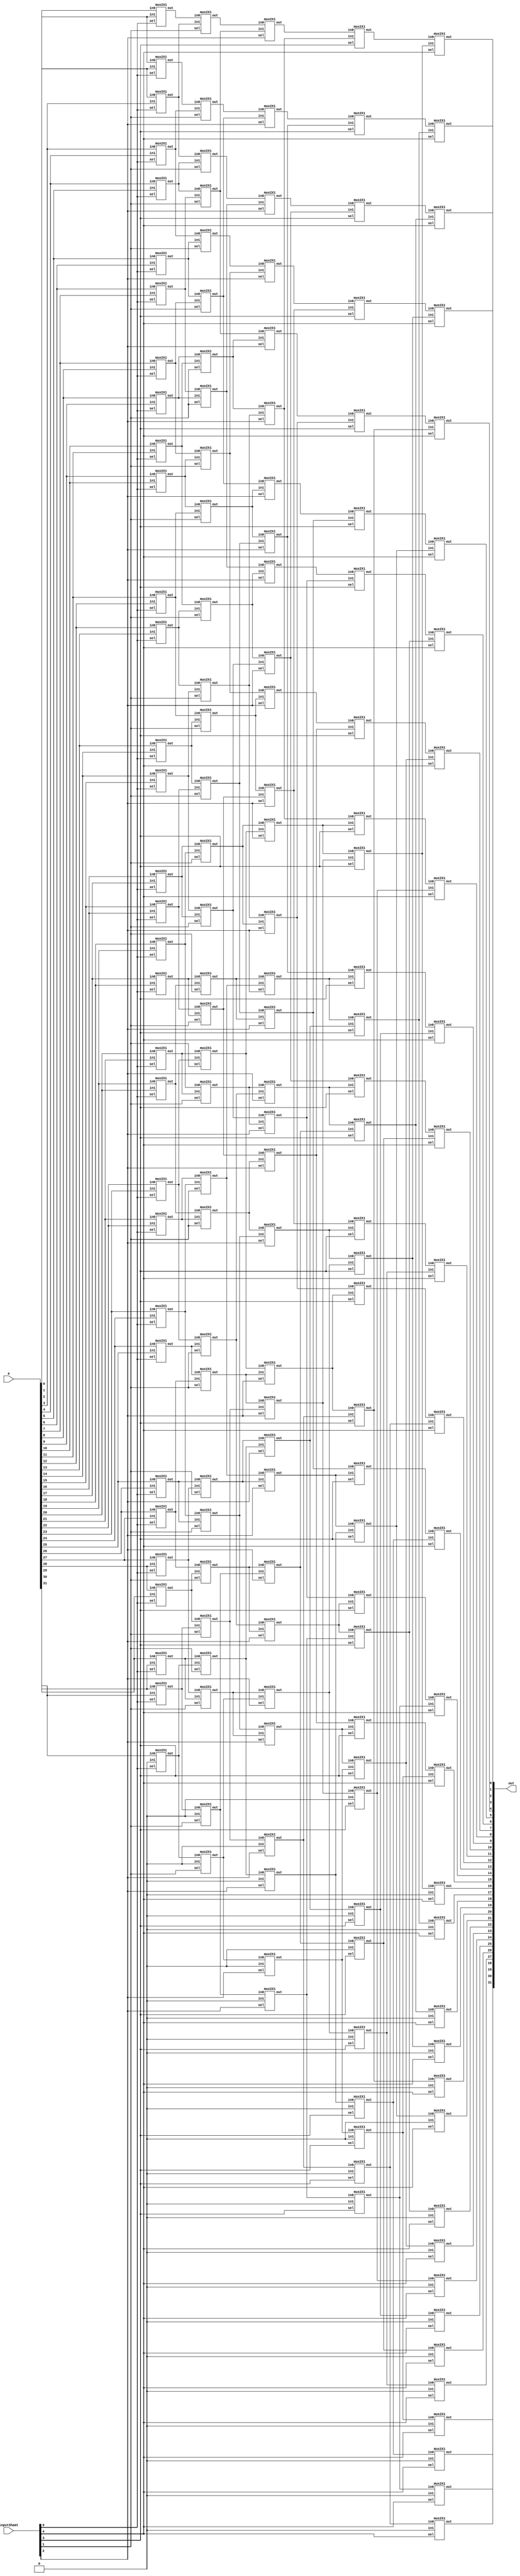
`timescale 1ns/1ns
module barrel_shifter_8bit (a, inputShamt, out);
  input  [31:0] a;
  input [31:0] inputShamt;
  output [31:0] out;
  
  wire [4:0] shamt ;
  wire [31:0] temp1, temp2, temp3, temp4 ;

  assign shamt = inputShamt[4:0] ;
  
// 1bit shift right
mux2X1  ins_31 (.in0(a[31]),.in1(1'b0),.sel(shamt[0]),.out(temp1[31]));
mux2X1  ins_30 (.in0(a[30]),.in1(a[31]),.sel(shamt[0]),.out(temp1[30]));
mux2X1  ins_29 (.in0(a[29]),.in1(a[30]),.sel(shamt[0]),.out(temp1[29]));
mux2X1  ins_28 (.in0(a[28]),.in1(a[29]),.sel(shamt[0]),.out(temp1[28]));
mux2X1  ins_27 (.in0(a[27]),.in1(a[28]),.sel(shamt[0]),.out(temp1[27]));
mux2X1  ins_26 (.in0(a[26]),.in1(a[27]),.sel(shamt[0]),.out(temp1[26]));
mux2X1  ins_25 (.in0(a[25]),.in1(a[26]),.sel(shamt[0]),.out(temp1[25]));
mux2X1  ins_24 (.in0(a[24]),.in1(a[25]),.sel(shamt[0]),.out(temp1[24]));
mux2X1  ins_23 (.in0(a[23]),.in1(a[24]),.sel(shamt[0]),.out(temp1[23]));
mux2X1  ins_22 (.in0(a[22]),.in1(a[23]),.sel(shamt[0]),.out(temp1[22]));
mux2X1  ins_21 (.in0(a[21]),.in1(a[22]),.sel(shamt[0]),.out(temp1[21]));
mux2X1  ins_20 (.in0(a[20]),.in1(a[21]),.sel(shamt[0]),.out(temp1[20]));
mux2X1  ins_19 (.in0(a[19]),.in1(a[20]),.sel(shamt[0]),.out(temp1[19]));
mux2X1  ins_18 (.in0(a[18]),.in1(a[19]),.sel(shamt[0]),.out(temp1[18]));
mux2X1  ins_17 (.in0(a[17]),.in1(a[18]),.sel(shamt[0]),.out(temp1[17]));
mux2X1  ins_16 (.in0(a[16]),.in1(a[17]),.sel(shamt[0]),.out(temp1[16]));
mux2X1  ins_15 (.in0(a[15]),.in1(a[16]),.sel(shamt[0]),.out(temp1[15]));
mux2X1  ins_14 (.in0(a[14]),.in1(a[15]),.sel(shamt[0]),.out(temp1[14]));
mux2X1  ins_13 (.in0(a[13]),.in1(a[14]),.sel(shamt[0]),.out(temp1[13]));
mux2X1  ins_12 (.in0(a[12]),.in1(a[13]),.sel(shamt[0]),.out(temp1[12]));
mux2X1  ins_11 (.in0(a[11]),.in1(a[12]),.sel(shamt[0]),.out(temp1[11]));
mux2X1  ins_10 (.in0(a[10]),.in1(a[11]),.sel(shamt[0]),.out(temp1[10]));
mux2X1  ins_09 (.in0(a[9]),.in1(a[10]),.sel(shamt[0]),.out(temp1[9]));
mux2X1  ins_08 (.in0(a[8]),.in1(a[9]),.sel(shamt[0]),.out(temp1[8]));
mux2X1  ins_07 (.in0(a[7]),.in1(a[8]),.sel(shamt[0]),.out(temp1[7]));
mux2X1  ins_06 (.in0(a[6]),.in1(a[7]),.sel(shamt[0]),.out(temp1[6]));
mux2X1  ins_05 (.in0(a[5]),.in1(a[6]),.sel(shamt[0]),.out(temp1[5]));
mux2X1  ins_04 (.in0(a[4]),.in1(a[5]),.sel(shamt[0]),.out(temp1[4]));
mux2X1  ins_03 (.in0(a[3]),.in1(a[4]),.sel(shamt[0]),.out(temp1[3]));
mux2X1  ins_02 (.in0(a[2]),.in1(a[3]),.sel(shamt[0]),.out(temp1[2]));
mux2X1  ins_01 (.in0(a[1]),.in1(a[2]),.sel(shamt[0]),.out(temp1[1]));
mux2X1  ins_00 (.in0(a[0]),.in1(a[1]),.sel(shamt[0]),.out(temp1[0]));
 
// 2bit shift right
mux2X1  ins_63 (.in0(temp1[31]),.in1(1'b0),.sel(shamt[1]),.out(temp2[31]));
mux2X1  ins_62 (.in0(temp1[30]),.in1(1'b0),.sel(shamt[1]),.out(temp2[30]));
mux2X1  ins_61 (.in0(temp1[29]),.in1(temp1[31]),.sel(shamt[1]),.out(temp2[29]));
mux2X1  ins_60 (.in0(temp1[28]),.in1(temp1[30]),.sel(shamt[1]),.out(temp2[28]));
mux2X1  ins_59 (.in0(temp1[27]),.in1(temp1[29]),.sel(shamt[1]),.out(temp2[27]));
mux2X1  ins_58 (.in0(temp1[26]),.in1(temp1[28]),.sel(shamt[1]),.out(temp2[26]));
mux2X1  ins_57 (.in0(temp1[25]),.in1(temp1[27]),.sel(shamt[1]),.out(temp2[25]));
mux2X1  ins_56 (.in0(temp1[24]),.in1(temp1[26]),.sel(shamt[1]),.out(temp2[24])); 
mux2X1  ins_55 (.in0(temp1[23]),.in1(temp1[25]),.sel(shamt[1]),.out(temp2[23]));
mux2X1  ins_54 (.in0(temp1[22]),.in1(temp1[24]),.sel(shamt[1]),.out(temp2[22]));
mux2X1  ins_53 (.in0(temp1[21]),.in1(temp1[23]),.sel(shamt[1]),.out(temp2[21]));
mux2X1  ins_52 (.in0(temp1[20]),.in1(temp1[22]),.sel(shamt[1]),.out(temp2[20]));
mux2X1  ins_51 (.in0(temp1[19]),.in1(temp1[21]),.sel(shamt[1]),.out(temp2[19]));
mux2X1  ins_50 (.in0(temp1[18]),.in1(temp1[20]),.sel(shamt[1]),.out(temp2[18]));
mux2X1  ins_49 (.in0(temp1[17]),.in1(temp1[19]),.sel(shamt[1]),.out(temp2[17]));
mux2X1  ins_48 (.in0(temp1[16]),.in1(temp1[18]),.sel(shamt[1]),.out(temp2[16])); 
mux2X1  ins_47 (.in0(temp1[15]),.in1(temp1[17]),.sel(shamt[1]),.out(temp2[15]));
mux2X1  ins_46 (.in0(temp1[14]),.in1(temp1[16]),.sel(shamt[1]),.out(temp2[14]));
mux2X1  ins_45 (.in0(temp1[13]),.in1(temp1[15]),.sel(shamt[1]),.out(temp2[13]));
mux2X1  ins_44 (.in0(temp1[12]),.in1(temp1[14]),.sel(shamt[1]),.out(temp2[12]));
mux2X1  ins_43 (.in0(temp1[11]),.in1(temp1[13]),.sel(shamt[1]),.out(temp2[11]));
mux2X1  ins_42 (.in0(temp1[10]),.in1(temp1[12]),.sel(shamt[1]),.out(temp2[10]));
mux2X1  ins_41 (.in0(temp1[9]),.in1(temp1[11]),.sel(shamt[1]),.out(temp2[9]));
mux2X1  ins_40 (.in0(temp1[8]),.in1(temp1[10]),.sel(shamt[1]),.out(temp2[8])); 
mux2X1  ins_39 (.in0(temp1[7]),.in1(temp1[9]),.sel(shamt[1]),.out(temp2[7]));
mux2X1  ins_38 (.in0(temp1[6]),.in1(temp1[8]),.sel(shamt[1]),.out(temp2[6]));
mux2X1  ins_37 (.in0(temp1[5]),.in1(temp1[7]),.sel(shamt[1]),.out(temp2[5]));
mux2X1  ins_36 (.in0(temp1[4]),.in1(temp1[6]),.sel(shamt[1]),.out(temp2[4]));
mux2X1  ins_35 (.in0(temp1[3]),.in1(temp1[5]),.sel(shamt[1]),.out(temp2[3]));
mux2X1  ins_34 (.in0(temp1[2]),.in1(temp1[4]),.sel(shamt[1]),.out(temp2[2]));
mux2X1  ins_33 (.in0(temp1[1]),.in1(temp1[3]),.sel(shamt[1]),.out(temp2[1]));
mux2X1  ins_32 (.in0(temp1[0]),.in1(temp1[2]),.sel(shamt[1]),.out(temp2[0])); 
 
// 4bit shift right
mux2X1  ins_95 (.in0(temp2[31]),.in1(1'b0),.sel(shamt[2]),.out(temp3[31]));
mux2X1  ins_94 (.in0(temp2[30]),.in1(1'b0),.sel(shamt[2]),.out(temp3[30]));
mux2X1  ins_93 (.in0(temp2[29]),.in1(1'b0),.sel(shamt[2]),.out(temp3[29]));
mux2X1  ins_92 (.in0(temp2[28]),.in1(1'b0),.sel(shamt[2]),.out(temp3[28]));
mux2X1  ins_91 (.in0(temp2[27]),.in1(temp2[31]),.sel(shamt[2]),.out(temp3[27]));
mux2X1  ins_90 (.in0(temp2[26]),.in1(temp2[30]),.sel(shamt[2]),.out(temp3[26]));
mux2X1  ins_89 (.in0(temp2[25]),.in1(temp2[29]),.sel(shamt[2]),.out(temp3[25]));
mux2X1  ins_88 (.in0(temp2[24]),.in1(temp2[28]),.sel(shamt[2]),.out(temp3[24]));
mux2X1  ins_87 (.in0(temp2[23]),.in1(temp2[27]),.sel(shamt[2]),.out(temp3[23]));
mux2X1  ins_86 (.in0(temp2[22]),.in1(temp2[26]),.sel(shamt[2]),.out(temp3[22]));
mux2X1  ins_85 (.in0(temp2[21]),.in1(temp2[25]),.sel(shamt[2]),.out(temp3[21]));
mux2X1  ins_84 (.in0(temp2[20]),.in1(temp2[24]),.sel(shamt[2]),.out(temp3[20]));
mux2X1  ins_83 (.in0(temp2[19]),.in1(temp2[23]),.sel(shamt[2]),.out(temp3[19]));
mux2X1  ins_82 (.in0(temp2[18]),.in1(temp2[22]),.sel(shamt[2]),.out(temp3[18]));
mux2X1  ins_81 (.in0(temp2[17]),.in1(temp2[21]),.sel(shamt[2]),.out(temp3[17]));
mux2X1  ins_80 (.in0(temp2[16]),.in1(temp2[20]),.sel(shamt[2]),.out(temp3[16]));
mux2X1  ins_79 (.in0(temp2[15]),.in1(temp2[19]),.sel(shamt[2]),.out(temp3[15]));
mux2X1  ins_78 (.in0(temp2[14]),.in1(temp2[18]),.sel(shamt[2]),.out(temp3[14]));
mux2X1  ins_77 (.in0(temp2[13]),.in1(temp2[17]),.sel(shamt[2]),.out(temp3[13]));
mux2X1  ins_76 (.in0(temp2[12]),.in1(temp2[16]),.sel(shamt[2]),.out(temp3[12]));
mux2X1  ins_75 (.in0(temp2[11]),.in1(temp2[15]),.sel(shamt[2]),.out(temp3[11]));
mux2X1  ins_74 (.in0(temp2[10]),.in1(temp2[14]),.sel(shamt[2]),.out(temp3[10]));
mux2X1  ins_73 (.in0(temp2[9]),.in1(temp2[13]),.sel(shamt[2]),.out(temp3[9]));
mux2X1  ins_72 (.in0(temp2[8]),.in1(temp2[12]),.sel(shamt[2]),.out(temp3[8]));
mux2X1  ins_71 (.in0(temp2[7]),.in1(temp2[11]),.sel(shamt[2]),.out(temp3[7]));
mux2X1  ins_70 (.in0(temp2[6]),.in1(temp2[10]),.sel(shamt[2]),.out(temp3[6]));
mux2X1  ins_69 (.in0(temp2[5]),.in1(temp2[9]),.sel(shamt[2]),.out(temp3[5]));
mux2X1  ins_68 (.in0(temp2[4]),.in1(temp2[8]),.sel(shamt[2]),.out(temp3[4]));
mux2X1  ins_67 (.in0(temp2[3]),.in1(temp2[7]),.sel(shamt[2]),.out(temp3[3]));
mux2X1  ins_66 (.in0(temp2[2]),.in1(temp2[6]),.sel(shamt[2]),.out(temp3[2]));
mux2X1  ins_65 (.in0(temp2[1]),.in1(temp2[5]),.sel(shamt[2]),.out(temp3[1]));
mux2X1  ins_64 (.in0(temp2[0]),.in1(temp2[4]),.sel(shamt[2]),.out(temp3[0]));
 
// 8bit shift right
mux2X1  ins_159 (.in0(temp3[31]),.in1(1'b0),.sel(shamt[3]),.out(temp4[31]));
mux2X1  ins_158 (.in0(temp3[30]),.in1(1'b0),.sel(shamt[3]),.out(temp4[30]));
mux2X1  ins_157 (.in0(temp3[29]),.in1(1'b0),.sel(shamt[3]),.out(temp4[29]));
mux2X1  ins_156 (.in0(temp3[28]),.in1(1'b0),.sel(shamt[3]),.out(temp4[28]));
mux2X1  ins_155 (.in0(temp3[27]),.in1(1'b0),.sel(shamt[3]),.out(temp4[27]));
mux2X1  ins_154 (.in0(temp3[26]),.in1(1'b0),.sel(shamt[3]),.out(temp4[26]));
mux2X1  ins_153 (.in0(temp3[25]),.in1(1'b0),.sel(shamt[3]),.out(temp4[25]));
mux2X1  ins_152 (.in0(temp3[24]),.in1(1'b0),.sel(shamt[3]),.out(temp4[24]));
mux2X1  ins_151 (.in0(temp3[23]),.in1(temp3[31]),.sel(shamt[3]),.out(temp4[23]));
mux2X1  ins_150 (.in0(temp3[22]),.in1(temp3[30]),.sel(shamt[3]),.out(temp4[22]));
mux2X1  ins_149 (.in0(temp3[21]),.in1(temp3[29]),.sel(shamt[3]),.out(temp4[21]));
mux2X1  ins_148 (.in0(temp3[20]),.in1(temp3[28]),.sel(shamt[3]),.out(temp4[20]));
mux2X1  ins_147 (.in0(temp3[19]),.in1(temp3[27]),.sel(shamt[3]),.out(temp4[19]));
mux2X1  ins_146 (.in0(temp3[18]),.in1(temp3[26]),.sel(shamt[3]),.out(temp4[18]));
mux2X1  ins_145 (.in0(temp3[17]),.in1(temp3[25]),.sel(shamt[3]),.out(temp4[17]));
mux2X1  ins_144 (.in0(temp3[16]),.in1(temp3[24]),.sel(shamt[3]),.out(temp4[16]));
mux2X1  ins_143 (.in0(temp3[15]),.in1(temp3[23]),.sel(shamt[3]),.out(temp4[15]));
mux2X1  ins_142 (.in0(temp3[14]),.in1(temp3[22]),.sel(shamt[3]),.out(temp4[14]));
mux2X1  ins_141 (.in0(temp3[13]),.in1(temp3[21]),.sel(shamt[3]),.out(temp4[13]));
mux2X1  ins_140 (.in0(temp3[12]),.in1(temp3[20]),.sel(shamt[3]),.out(temp4[12]));
mux2X1  ins_139 (.in0(temp3[11]),.in1(temp3[19]),.sel(shamt[3]),.out(temp4[11]));
mux2X1  ins_138 (.in0(temp3[10]),.in1(temp3[18]),.sel(shamt[3]),.out(temp4[10]));
mux2X1  ins_137 (.in0(temp3[9]),.in1(temp3[17]),.sel(shamt[3]),.out(temp4[9]));
mux2X1  ins_136 (.in0(temp3[8]),.in1(temp3[16]),.sel(shamt[3]),.out(temp4[8]));
mux2X1  ins_135 (.in0(temp3[7]),.in1(temp3[15]),.sel(shamt[3]),.out(temp4[7]));
mux2X1  ins_134 (.in0(temp3[6]),.in1(temp3[14]),.sel(shamt[3]),.out(temp4[6]));
mux2X1  ins_133 (.in0(temp3[5]),.in1(temp3[13]),.sel(shamt[3]),.out(temp4[5]));
mux2X1  ins_132 (.in0(temp3[4]),.in1(temp3[12]),.sel(shamt[3]),.out(temp4[4]));
mux2X1  ins_131 (.in0(temp3[3]),.in1(temp3[11]),.sel(shamt[3]),.out(temp4[3]));
mux2X1  ins_130 (.in0(temp3[2]),.in1(temp3[10]),.sel(shamt[3]),.out(temp4[2]));
mux2X1  ins_129 (.in0(temp3[1]),.in1(temp3[9]),.sel(shamt[3]),.out(temp4[1]));
mux2X1  ins_128 (.in0(temp3[0]),.in1(temp3[8]),.sel(shamt[3]),.out(temp4[0]));

// 16bit shift right
mux2X1  ins_127 (.in0(temp4[31]),.in1(1'b0),.sel(shamt[4]),.out(out[31]));
mux2X1  ins_126 (.in0(temp4[30]),.in1(1'b0),.sel(shamt[4]),.out(out[30]));
mux2X1  ins_125 (.in0(temp4[29]),.in1(1'b0),.sel(shamt[4]),.out(out[29]));
mux2X1  ins_124 (.in0(temp4[28]),.in1(1'b0),.sel(shamt[4]),.out(out[28]));
mux2X1  ins_123 (.in0(temp4[27]),.in1(1'b0),.sel(shamt[4]),.out(out[27]));
mux2X1  ins_122 (.in0(temp4[26]),.in1(1'b0),.sel(shamt[4]),.out(out[26]));
mux2X1  ins_121 (.in0(temp4[25]),.in1(1'b0),.sel(shamt[4]),.out(out[25]));
mux2X1  ins_120 (.in0(temp4[24]),.in1(1'b0),.sel(shamt[4]),.out(out[24]));
mux2X1  ins_119 (.in0(temp4[23]),.in1(1'b0),.sel(shamt[4]),.out(out[23]));
mux2X1  ins_118 (.in0(temp4[22]),.in1(1'b0),.sel(shamt[4]),.out(out[22]));
mux2X1  ins_117 (.in0(temp4[21]),.in1(1'b0),.sel(shamt[4]),.out(out[21]));
mux2X1  ins_116 (.in0(temp4[20]),.in1(1'b0),.sel(shamt[4]),.out(out[20]));
mux2X1  ins_115 (.in0(temp4[19]),.in1(1'b0),.sel(shamt[4]),.out(out[19]));
mux2X1  ins_114 (.in0(temp4[18]),.in1(1'b0),.sel(shamt[4]),.out(out[18]));
mux2X1  ins_113 (.in0(temp4[17]),.in1(1'b0),.sel(shamt[4]),.out(out[17]));
mux2X1  ins_112 (.in0(temp4[16]),.in1(1'b0),.sel(shamt[4]),.out(out[16]));
mux2X1  ins_111 (.in0(temp4[15]),.in1(temp4[31]),.sel(shamt[4]),.out(out[15]));
mux2X1  ins_110 (.in0(temp4[14]),.in1(temp4[30]),.sel(shamt[4]),.out(out[14]));
mux2X1  ins_109 (.in0(temp4[13]),.in1(temp4[29]),.sel(shamt[4]),.out(out[13]));
mux2X1  ins_108 (.in0(temp4[12]),.in1(temp4[28]),.sel(shamt[4]),.out(out[12]));
mux2X1  ins_107 (.in0(temp4[11]),.in1(temp4[27]),.sel(shamt[4]),.out(out[11]));
mux2X1  ins_106 (.in0(temp4[10]),.in1(temp4[26]),.sel(shamt[4]),.out(out[10]));
mux2X1  ins_105 (.in0(temp4[9]),.in1(temp4[25]),.sel(shamt[4]),.out(out[9]));
mux2X1  ins_104 (.in0(temp4[8]),.in1(temp4[24]),.sel(shamt[4]),.out(out[8]));
mux2X1  ins_103 (.in0(temp4[7]),.in1(temp4[23]),.sel(shamt[4]),.out(out[7]));
mux2X1  ins_102 (.in0(temp4[6]),.in1(temp4[22]),.sel(shamt[4]),.out(out[6]));
mux2X1  ins_101 (.in0(temp4[5]),.in1(temp4[21]),.sel(shamt[4]),.out(out[5]));
mux2X1  ins_100 (.in0(temp4[4]),.in1(temp4[20]),.sel(shamt[4]),.out(out[4]));
mux2X1  ins_99 (.in0(temp4[3]),.in1(temp4[19]),.sel(shamt[4]),.out(out[3]));
mux2X1  ins_98 (.in0(temp4[2]),.in1(temp4[18]),.sel(shamt[4]),.out(out[2]));
mux2X1  ins_97 (.in0(temp4[1]),.in1(temp4[17]),.sel(shamt[4]),.out(out[1]));
mux2X1  ins_96 (.in0(temp4[0]),.in1(temp4[16]),.sel(shamt[4]),.out(out[0]));

endmodule
 
 
module mux2X1( in0,in1,sel,out);
  input in0,in1;
  input sel;
  output out;
  assign out=(sel)?in1:in0;
endmodule